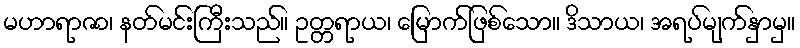
မဟာရာဇာ၊ နတ်မင်းကြီးသည်။ ဥတ္တရာယ၊ မြောက်ဖြစ်သော။ ဒိသာယ၊ အရပ်မျက်နှာမှ။